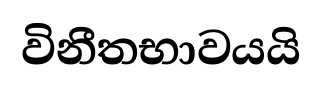
විනීතභාවයයි